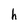
Character: h